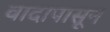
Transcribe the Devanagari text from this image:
वादापासून